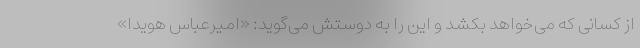
از کسانی که می‌خواهد بکشد و این را به دوستش می‌گوید: «امیرعباس هویدا»